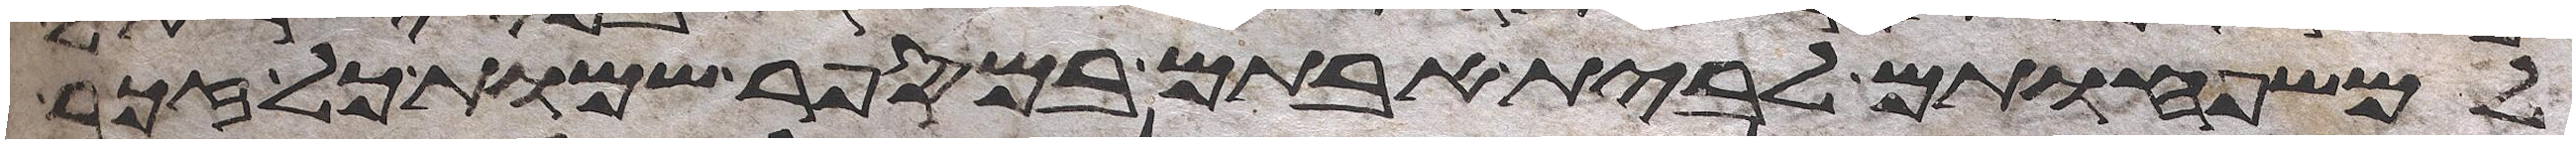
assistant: למשפחותם לבית אבותם במספר שמות כל זכר